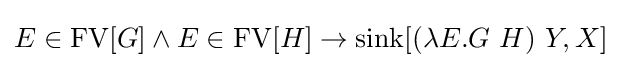
E\in \operatorname {FV} [G]\land E\in \operatorname {FV} [H]\to \operatorname {sink} [(\lambda E.G\ H)\ Y,X]